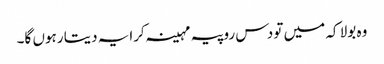
وہ بولا کہ میں تو دس روپیہ مہینہ کرایہ دیتا رہوں گا۔